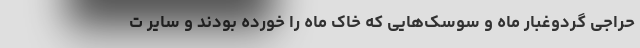
حراجی گردوغبار ماه و سوسک‌هایی که خاک ماه را خورده بودند و سایر ت